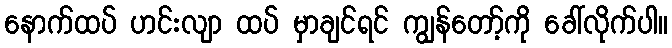
နောက်ထပ် ဟင်းလျာ ထပ် မှာချင်ရင် ကျွန်တော့်ကို ခေါ်လိုက်ပါ။